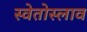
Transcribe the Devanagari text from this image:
स्वेतोस्लाव